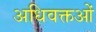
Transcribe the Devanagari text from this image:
अधिवक्तओं